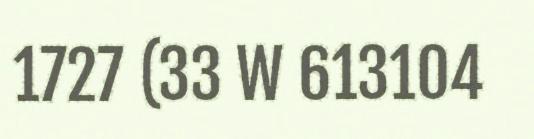
1727 (33 W 613104